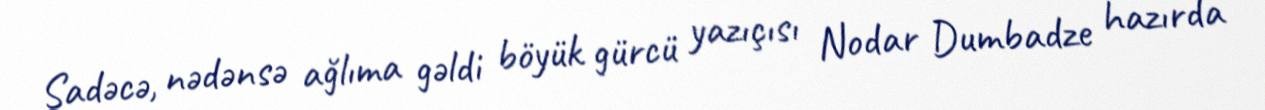
Sadəcə, nədənsə ağlıma gəldi böyük gürcü yazıçısı Nodar Dumbadze hazırda